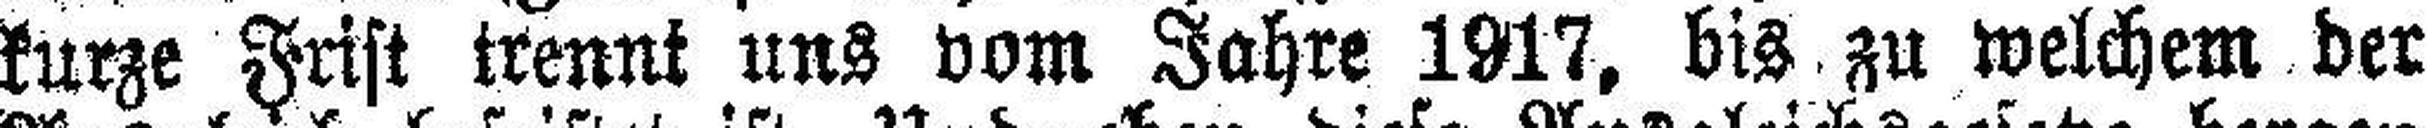
kurze Frist trennt uns vom Jahre 1917, bis zu welchem der